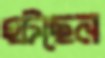
হটছেন